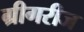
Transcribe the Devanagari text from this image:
ग्रीगरीज